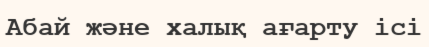
Абай және халық ағарту ісі